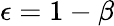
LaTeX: \epsilon=1-\beta